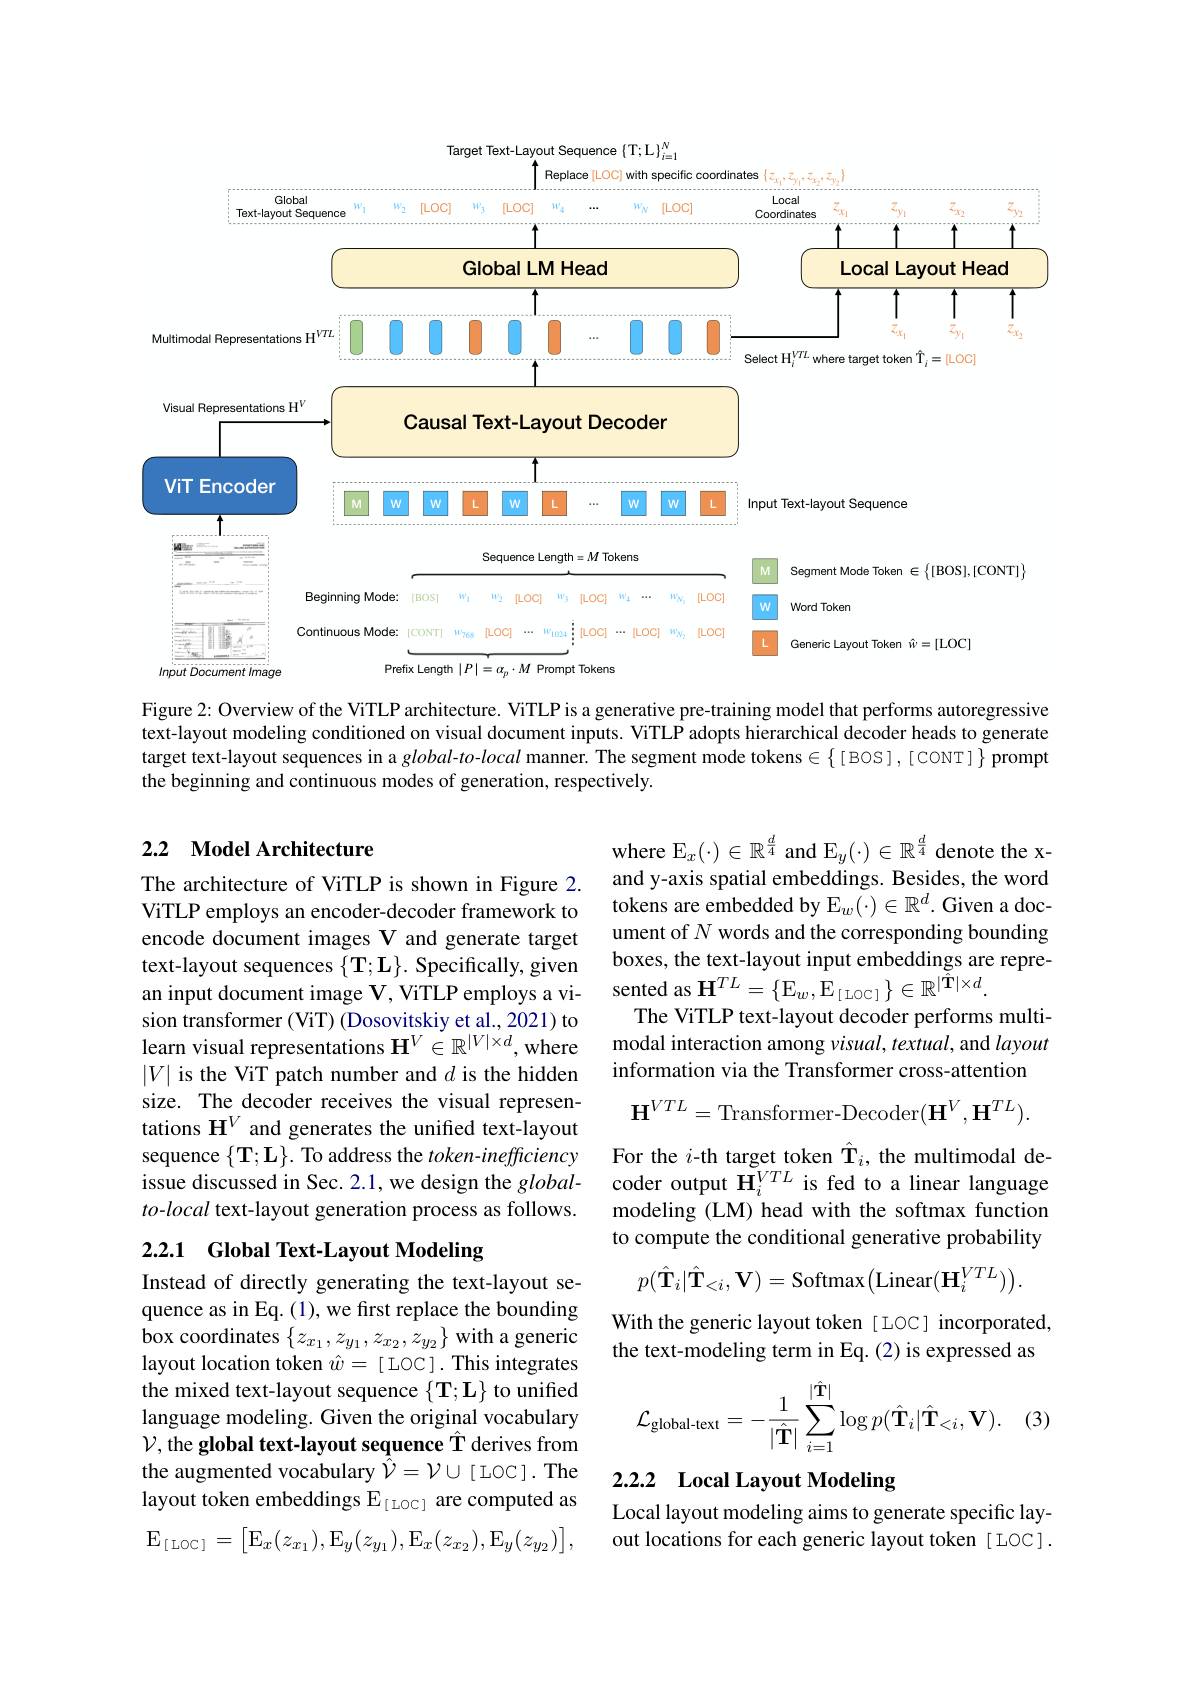
<FigureHere>

Figure 2: Overview of the ViTLP architecture. ViTLP is a generative pre-training model that performs autoregressive text-layout modeling conditioned on visual document inputs. ViTLP adopts hierarchical decoder heads to generate target text-layout sequences in a $global-to-local$ manner. The segment mode tokens $\in\{[BOS],[CONT]\}$ prompt the beginning and continuous modes of generation, respectively.

## 2.2 Model Architecture

where $\mathbb{E}_x(\cdot)\in\mathbb{R}^{\frac d4}$ and $\mathbb{E}_y(\cdot)\in\mathbb{R}^{\frac d4}$ denote the xand y-axis spatial embeddings. Besides, the word tokens are embedded by E$_w(\cdot)\in\mathbb{R}^d.$ Given a document of $N$ words and the corresponding bounding boxes, the text-layout input embeddings are represented as $\mathbf{H}^{TL}=\{\mathrm{E}_{w},\mathrm{E}_{[\mathrm{IOC}]}\}\in\mathbb{R}^{|\hat{\mathbf{T}}|\times d}.$
The ViTLP text-layout decoder performs multimodal interaction among visual, textual, and layout information via the Transformer cross-attention

The architecture of ViTLP is shown in Figure 2. ViTLP employs an encoder-decoder framework to encode document images V and generate target text-layout sequences $\{\mathbf{T};\mathbf{L}\}.$ Specifically, given an input document image V, ViTLP employs a vision transformer (ViT) (Dosovitskiy et al., 2021) to learn visual representations $\mathbf{H}^V\in\mathbb{R}^{|V|\times d}$, where $|V|$ is the ViT patch number and $d$ is the hidden size. The decoder receives the visual representations $\mathbf{H}^{V}$ and generates the unified text-layout sequence $\{\mathbf{T};\mathbf{L}\}.$ To address the $token-inefficiency$ issue discussed in Sec. 2.1, we design the $global-$ coder output $\mathbf{H}_i^{VTL}$ is fed to a linear language
to-local text-layout generation process as follows.
$$\mathbf{H}^{VTL}=\text{Transformer-Decoder}(\mathbf{H}^{V},\mathbf{H}^{TL}).$$
For the $i$-th target token $\hat{\mathbf{T}}_i$, the multimodal demodeling (LM) head with the softmax function to compute the conditional generative probability

## 2.2.1 Global Text-Layout Modeling
$$p(\hat{\mathbf{T}}_{i}|\hat{\mathbf{T}}_{<i},\mathbf{V})=\mathrm{Softmax}\big(\mathrm{Linear}(\mathbf{H}_{i}^{VTL})\big).$$
With the generic layout token [LOC] incorporated, the text-modeling term in Eq.(2) is expressed as

Instead of directly generating the text-layout sequence as in Eq. (1), we first replace the bounding box coordinates $\left\{z_{x_1},z_{y_1},z_{x_2},z_{y_2}\right\}$ with a generic layout location token $\hat{w}=[$ LOC ]. This integrates the mixed text-layout sequence $\{\mathbf{T};\mathbf{L}\}$ to unified language modeling. Given the original vocabulary $\mathcal{V}$, the global text-layout sequence Î derives from the augmented vocabulary $\bar{\hat{V}}=\mathcal{V}\cup[$LOC].The layout token embeddings E $_{[\mathrm{LOC}]}$ are computed as $\mathbb{E}_{[\mathrm{LOC}]}=\begin{bmatrix}\mathbb{E}_{x}(z_{x_1}),\mathbb{E}_{y}(z_{y_1}),\mathbb{E}_{x}(z_{x_2}),\mathbb{E}_{y}(z_{y_2})\end{bmatrix}$,
$$\mathcal{L}_{\text{global-text}}=-\frac{1}{|\hat{\mathbf{T}}|}\sum_{i=1}^{|\hat{\mathbf{T}}|}\log p(\hat{\mathbf{T}}_{i}|\hat{\mathbf{T}}_{<i},\mathbf{V}).$$
(3)

## 2.2.2 Local Layout Modeling

Local layout modeling aims to generate specific layout locations for each generic layout token [ LOC] .